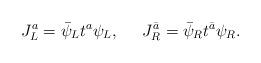
LaTeX: \begin{align*}J^a_L=\bar\psi_L t^a\psi_L,\;\;\;\;\;J_R^{\bar a}=\bar\psi_Rt^{\bar a}\psi_R.\end{align*}